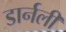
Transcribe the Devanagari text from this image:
डार्नली